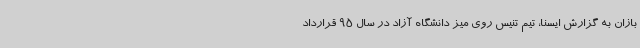
بازان به گزارش ایسنا، تیم تنیس روی میز دانشگاه آزاد در سال 95 قرارداد